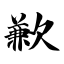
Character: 歉